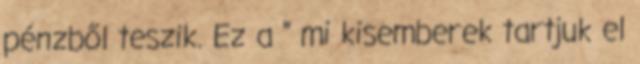
pénzből teszik. Ez a " mi kisemberek tartjuk el